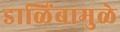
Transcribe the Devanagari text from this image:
डाळिंबामुळे